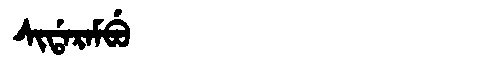
Manchu: ᠰᡳᡩᠠᡵᠠᠮᠪᡠ
Romanization: SIDARAMBU